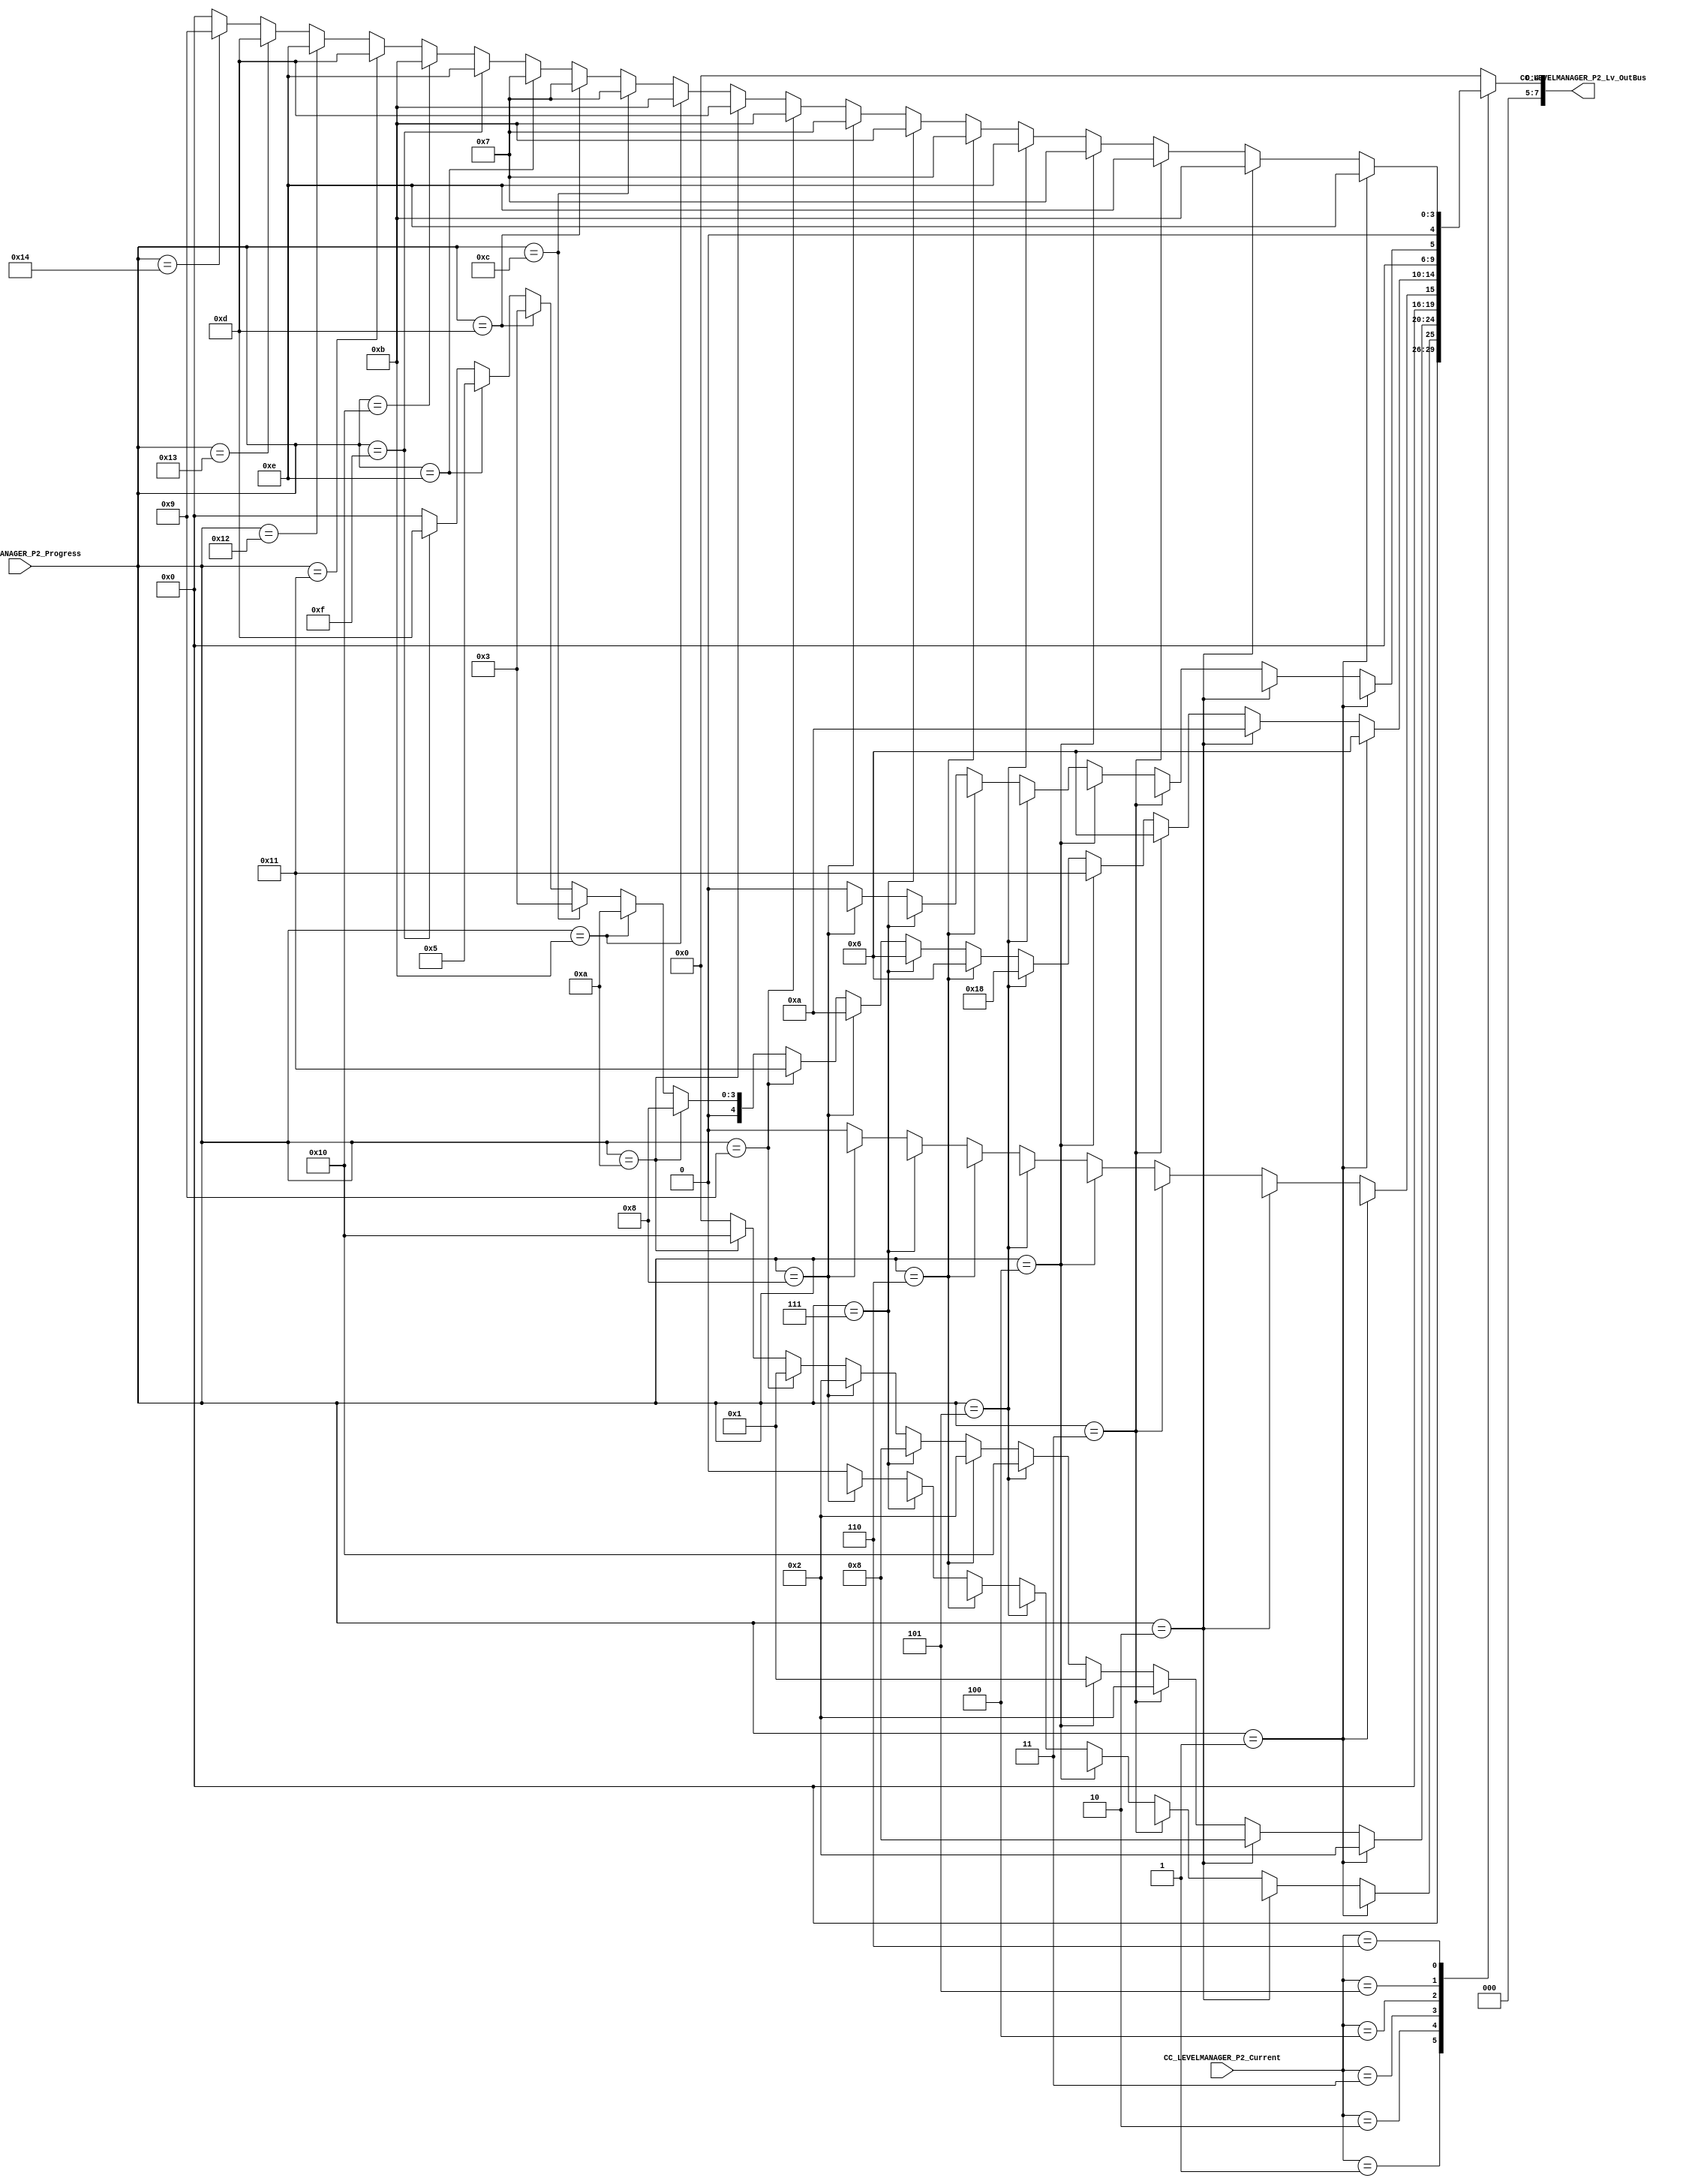
module CC_LEVELMANAGER_P2 (
//////////// OUTPUTS //////////
	CC_LEVELMANAGER_P2_Lv_OutBus,
		
//////////// INPUTS //////////
	CC_LEVELMANAGER_P2_Progress,
	CC_LEVELMANAGER_P2_Current

);

//=======================================================
//  PORT declarations
//=======================================================
output reg [LEVELMANAGER_DATAWIDTH-1:0]	CC_LEVELMANAGER_P2_Lv_OutBus;

input		  [4:0]	 	CC_LEVELMANAGER_P2_Progress;
input 	  [2:0]		CC_LEVELMANAGER_P2_Current;

//=======================================================
//  PARAMETER declarations
//=======================================================

parameter LEVELMANAGER_DATAWIDTH = 8;

//Nivel 1
parameter Lv1_u0  = 8'b00000010;
parameter Lv1_u1  = 8'b00001000;
parameter Lv1_u2  = 8'b00000010;
parameter Lv1_u3  = 8'b00000001;
parameter Lv1_u4  = 8'b00010000;
parameter Lv1_u5  = 8'b00000010;
parameter Lv1_u6  = 8'b00001000;
parameter Lv1_u7  = 8'b00000010;
parameter Lv1_u8  = 8'b00000001;
parameter Lv1_u9  = 8'b00010000;

//Nivel 2
parameter Lv2_u0  = 8'b00000110;
parameter Lv2_u1  = 8'b00001010;
parameter Lv2_u2  = 8'b00000110;
parameter Lv2_u3  = 8'b00010001;
parameter Lv2_u4  = 8'b00011000;
parameter Lv2_u5  = 8'b00000110;
parameter Lv2_u6  = 8'b00000110;
parameter Lv2_u7  = 8'b00001010;
parameter Lv2_u8  = 8'b00010001;
parameter Lv2_u9  = 8'b00001000;
parameter Lv2_u10 = 8'b00001010;
parameter Lv2_u11 = 8'b00000011;
parameter Lv2_u12 = 8'b00000011;
parameter Lv2_u13 = 8'b00000101;
parameter Lv2_u14 = 8'b00001101;

//Nivel 3
parameter Lv3_u0  = 8'b00001110;
parameter Lv3_u1  = 8'b00001011;
parameter Lv3_u2  = 8'b00001110;
parameter Lv3_u3  = 8'b00000111;
parameter Lv3_u4  = 8'b00001110;
parameter Lv3_u5  = 8'b00000111;
parameter Lv3_u6  = 8'b00001011;
parameter Lv3_u7  = 8'b00000111;
parameter Lv3_u8  = 8'b00001011;
parameter Lv3_u9  = 8'b00001101;
parameter Lv3_u10 = 8'b00001011;
parameter Lv3_u11 = 8'b00000111;
parameter Lv3_u12 = 8'b00000111;
parameter Lv3_u13 = 8'b00000111;
parameter Lv3_u14 = 8'b00001110;
parameter Lv3_u15 = 8'b00001011;
parameter Lv3_u16 = 8'b00001101;
parameter Lv3_u17 = 8'b00001110;
parameter Lv3_u18 = 8'b00001101;
parameter Lv3_u19 = 8'b00001001;

//=======================================================
//  Structural coding
//=======================================================
always @(*)
begin
	case (CC_LEVELMANAGER_P2_Current)
	
	1: begin
			if(CC_LEVELMANAGER_P2_Progress == 1) CC_LEVELMANAGER_P2_Lv_OutBus 			= Lv0toLv1_u7;
			else if(CC_LEVELMANAGER_P2_Progress == 2) CC_LEVELMANAGER_P2_Lv_OutBus 	= Lv0toLv1_u6;
			else if(CC_LEVELMANAGER_P2_Progress == 3) CC_LEVELMANAGER_P2_Lv_OutBus 	= Lv0toLv1_u5;
			else if(CC_LEVELMANAGER_P2_Progress == 4) CC_LEVELMANAGER_P2_Lv_OutBus 	= Lv0toLv1_u4;
			else if(CC_LEVELMANAGER_P2_Progress == 5) CC_LEVELMANAGER_P2_Lv_OutBus 	= Lv0toLv1_u3;
			else if(CC_LEVELMANAGER_P2_Progress == 6) CC_LEVELMANAGER_P2_Lv_OutBus 	= Lv0toLv1_u2;
			else if(CC_LEVELMANAGER_P2_Progress == 7) CC_LEVELMANAGER_P2_Lv_OutBus 	= Lv0toLv1_u1;
			else if(CC_LEVELMANAGER_P2_Progress == 8) CC_LEVELMANAGER_P2_Lv_OutBus 	= Lv0toLv1_u0;
			else CC_LEVELMANAGER_P2_Lv_OutBus = 0;
		end
		
	2: begin
			if(CC_LEVELMANAGER_P2_Progress == 1) CC_LEVELMANAGER_P2_Lv_OutBus 			= Lv1_u0;
			else if (CC_LEVELMANAGER_P2_Progress == 2) CC_LEVELMANAGER_P2_Lv_OutBus 	= Lv1_u1;
			else if (CC_LEVELMANAGER_P2_Progress == 3) CC_LEVELMANAGER_P2_Lv_OutBus 	= Lv1_u2;
			else if (CC_LEVELMANAGER_P2_Progress == 4) CC_LEVELMANAGER_P2_Lv_OutBus 	= Lv1_u3;
			else if (CC_LEVELMANAGER_P2_Progress == 5) CC_LEVELMANAGER_P2_Lv_OutBus 	= Lv1_u4;
			else if (CC_LEVELMANAGER_P2_Progress == 6) CC_LEVELMANAGER_P2_Lv_OutBus 	= Lv1_u5;
			else if (CC_LEVELMANAGER_P2_Progress == 7) CC_LEVELMANAGER_P2_Lv_OutBus 	= Lv1_u6;
			else if (CC_LEVELMANAGER_P2_Progress == 8) CC_LEVELMANAGER_P2_Lv_OutBus 	= Lv1_u7;
			else if (CC_LEVELMANAGER_P2_Progress == 9) CC_LEVELMANAGER_P2_Lv_OutBus 	= Lv1_u8;
			else if (CC_LEVELMANAGER_P2_Progress == 10) CC_LEVELMANAGER_P2_Lv_OutBus = Lv1_u9;
			else CC_LEVELMANAGER_P2_Lv_OutBus = 0;
		end
		
	3: begin
			if(CC_LEVELMANAGER_P2_Progress == 1) CC_LEVELMANAGER_P2_Lv_OutBus 			= Lv1toLv2_u7;
			else if(CC_LEVELMANAGER_P2_Progress == 2) CC_LEVELMANAGER_P2_Lv_OutBus 	= Lv1toLv2_u6;
			else if(CC_LEVELMANAGER_P2_Progress == 3) CC_LEVELMANAGER_P2_Lv_OutBus 	= Lv1toLv2_u5;
			else if(CC_LEVELMANAGER_P2_Progress == 4) CC_LEVELMANAGER_P2_Lv_OutBus 	= Lv1toLv2_u4;
			else if(CC_LEVELMANAGER_P2_Progress == 5) CC_LEVELMANAGER_P2_Lv_OutBus 	= Lv1toLv2_u3;
			else if(CC_LEVELMANAGER_P2_Progress == 6) CC_LEVELMANAGER_P2_Lv_OutBus 	= Lv1toLv2_u2;
			else if(CC_LEVELMANAGER_P2_Progress == 7) CC_LEVELMANAGER_P2_Lv_OutBus 	= Lv1toLv2_u1;
			else if(CC_LEVELMANAGER_P2_Progress == 8) CC_LEVELMANAGER_P2_Lv_OutBus 	= Lv1toLv2_u0;
			else CC_LEVELMANAGER_P2_Lv_OutBus = 0;
		end
		
	4: begin
			if(CC_LEVELMANAGER_P2_Progress == 1) CC_LEVELMANAGER_P2_Lv_OutBus 			= Lv2_u0;
			else if (CC_LEVELMANAGER_P2_Progress == 2) CC_LEVELMANAGER_P2_Lv_OutBus 	= Lv2_u1;
			else if (CC_LEVELMANAGER_P2_Progress == 3) CC_LEVELMANAGER_P2_Lv_OutBus 	= Lv2_u2;
			else if (CC_LEVELMANAGER_P2_Progress == 4) CC_LEVELMANAGER_P2_Lv_OutBus 	= Lv2_u3;
			else if (CC_LEVELMANAGER_P2_Progress == 5) CC_LEVELMANAGER_P2_Lv_OutBus 	= Lv2_u4;
			else if (CC_LEVELMANAGER_P2_Progress == 6) CC_LEVELMANAGER_P2_Lv_OutBus 	= Lv2_u5;
			else if (CC_LEVELMANAGER_P2_Progress == 7) CC_LEVELMANAGER_P2_Lv_OutBus 	= Lv2_u6;
			else if (CC_LEVELMANAGER_P2_Progress == 8) CC_LEVELMANAGER_P2_Lv_OutBus 	= Lv2_u7;
			else if (CC_LEVELMANAGER_P2_Progress == 9) CC_LEVELMANAGER_P2_Lv_OutBus 	= Lv2_u8;
			else if (CC_LEVELMANAGER_P2_Progress == 10) CC_LEVELMANAGER_P2_Lv_OutBus = Lv2_u9;
			else if (CC_LEVELMANAGER_P2_Progress == 11) CC_LEVELMANAGER_P2_Lv_OutBus = Lv2_u10;
			else if (CC_LEVELMANAGER_P2_Progress == 12) CC_LEVELMANAGER_P2_Lv_OutBus = Lv2_u11;
			else if (CC_LEVELMANAGER_P2_Progress == 13) CC_LEVELMANAGER_P2_Lv_OutBus = Lv2_u12;
			else if (CC_LEVELMANAGER_P2_Progress == 14) CC_LEVELMANAGER_P2_Lv_OutBus = Lv2_u13;
			else if (CC_LEVELMANAGER_P2_Progress == 15) CC_LEVELMANAGER_P2_Lv_OutBus = Lv2_u14;
			else CC_LEVELMANAGER_P2_Lv_OutBus = 0;
		end
		
	5: begin
			if(CC_LEVELMANAGER_P2_Progress == 1) CC_LEVELMANAGER_P2_Lv_OutBus 			= Lv2toLv3_u7;
			else if(CC_LEVELMANAGER_P2_Progress == 2) CC_LEVELMANAGER_P2_Lv_OutBus 	= Lv2toLv3_u6;
			else if(CC_LEVELMANAGER_P2_Progress == 3) CC_LEVELMANAGER_P2_Lv_OutBus 	= Lv2toLv3_u5;
			else if(CC_LEVELMANAGER_P2_Progress == 4) CC_LEVELMANAGER_P2_Lv_OutBus 	= Lv2toLv3_u4;
			else if(CC_LEVELMANAGER_P2_Progress == 5) CC_LEVELMANAGER_P2_Lv_OutBus 	= Lv2toLv3_u3;
			else if(CC_LEVELMANAGER_P2_Progress == 6) CC_LEVELMANAGER_P2_Lv_OutBus 	= Lv2toLv3_u2;
			else if(CC_LEVELMANAGER_P2_Progress == 7) CC_LEVELMANAGER_P2_Lv_OutBus 	= Lv2toLv3_u1;
			else if(CC_LEVELMANAGER_P2_Progress == 8) CC_LEVELMANAGER_P2_Lv_OutBus 	= Lv2toLv3_u0;
			else CC_LEVELMANAGER_P2_Lv_OutBus = 0;
		end
		
	6: begin
			if(CC_LEVELMANAGER_P2_Progress == 1) CC_LEVELMANAGER_P2_Lv_OutBus 			= Lv3_u0;
			else if (CC_LEVELMANAGER_P2_Progress == 2) CC_LEVELMANAGER_P2_Lv_OutBus 	= Lv3_u1;
			else if (CC_LEVELMANAGER_P2_Progress == 3) CC_LEVELMANAGER_P2_Lv_OutBus 	= Lv3_u2;
			else if (CC_LEVELMANAGER_P2_Progress == 4) CC_LEVELMANAGER_P2_Lv_OutBus 	= Lv3_u3;
			else if (CC_LEVELMANAGER_P2_Progress == 5) CC_LEVELMANAGER_P2_Lv_OutBus 	= Lv3_u4;
			else if (CC_LEVELMANAGER_P2_Progress == 6) CC_LEVELMANAGER_P2_Lv_OutBus 	= Lv3_u5;
			else if (CC_LEVELMANAGER_P2_Progress == 7) CC_LEVELMANAGER_P2_Lv_OutBus 	= Lv3_u6;
			else if (CC_LEVELMANAGER_P2_Progress == 8) CC_LEVELMANAGER_P2_Lv_OutBus 	= Lv3_u7;
			else if (CC_LEVELMANAGER_P2_Progress == 9) CC_LEVELMANAGER_P2_Lv_OutBus 	= Lv3_u8;
			else if (CC_LEVELMANAGER_P2_Progress == 10) CC_LEVELMANAGER_P2_Lv_OutBus = Lv3_u9;
			else if (CC_LEVELMANAGER_P2_Progress == 11) CC_LEVELMANAGER_P2_Lv_OutBus = Lv3_u10;
			else if (CC_LEVELMANAGER_P2_Progress == 12) CC_LEVELMANAGER_P2_Lv_OutBus = Lv3_u11;
			else if (CC_LEVELMANAGER_P2_Progress == 13) CC_LEVELMANAGER_P2_Lv_OutBus = Lv3_u12;
			else if (CC_LEVELMANAGER_P2_Progress == 14) CC_LEVELMANAGER_P2_Lv_OutBus = Lv3_u13;
			else if (CC_LEVELMANAGER_P2_Progress == 15) CC_LEVELMANAGER_P2_Lv_OutBus = Lv3_u14;
			else if (CC_LEVELMANAGER_P2_Progress == 16) CC_LEVELMANAGER_P2_Lv_OutBus = Lv3_u15;
			else if (CC_LEVELMANAGER_P2_Progress == 17) CC_LEVELMANAGER_P2_Lv_OutBus = Lv3_u16;
			else if (CC_LEVELMANAGER_P2_Progress == 18) CC_LEVELMANAGER_P2_Lv_OutBus = Lv3_u17;
			else if (CC_LEVELMANAGER_P2_Progress == 19) CC_LEVELMANAGER_P2_Lv_OutBus = Lv3_u18;
			else if (CC_LEVELMANAGER_P2_Progress == 20) CC_LEVELMANAGER_P2_Lv_OutBus = Lv3_u19;
			else CC_LEVELMANAGER_P2_Lv_OutBus = 0;
		end
		
	default: CC_LEVELMANAGER_P2_Lv_OutBus = 0;
	endcase

end

endmodule